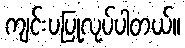
ကျင်းပပြုလုပ်ပါတယ်။